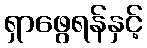
ရှာဖွေရန်နှင့်